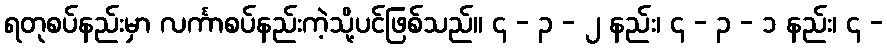
ရတုစပ်နည်းမှာ လင်္ကာစပ်နည်းကဲ့သို့ပင်ဖြစ်သည်။ ၄ - ၃ - ၂ နည်း၊ ၄ - ၃ - ၁ နည်း၊ ၄ -